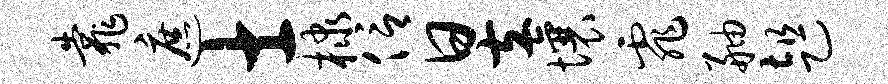
靠遮士棣信昱壤霏舳趄